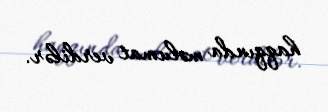
haqqında məlumat verdilər.